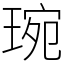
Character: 琬